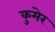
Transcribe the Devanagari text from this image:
कुमेर